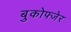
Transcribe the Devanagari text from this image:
बुकोफ्जेर